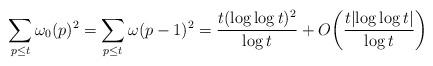
LaTeX: \begin{align*} \sum_{p \leq t} \omega_0(p)^2 = \sum_{p \le t} \omega(p-1)^2 = \frac{t(\log\log t)^2}{\log t} + O\bigg(\frac{t | \!\log\log t|}{\log t}\bigg)\end{align*}